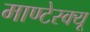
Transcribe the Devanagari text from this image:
माण्टेस्क्यू